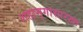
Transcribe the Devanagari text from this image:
शहामृगासारखा